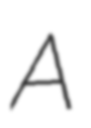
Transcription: A